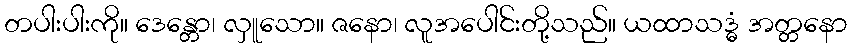
တပါးပါးကို။ ဒေန္တော၊ လှူသော။ ဇနော၊ လူအပေါင်းတို့သည်။ ယထာသဒ္ဓံ အတ္တနော